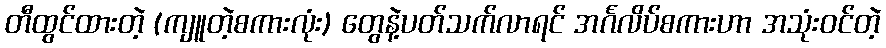
တီထွင်ထားတဲ့ (ကျူတဲ့စကားလုံး) တွေနဲ့ပတ်သက်လာရင် အင်္ဂလိပ်စကားဟာ အသုံးဝင်တဲ့